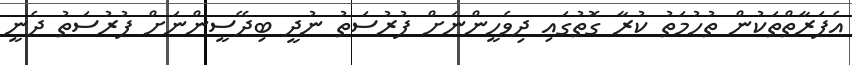
އެފަރާތްތަކުން ތުހުމަތު ކުރާ ގޮތުގައި ދިވެހީންނަށް ފުރުސަތު ނުދީ ބިދޭސީންނަށް ފުރުސަތު ދެނީ